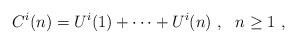
LaTeX: \begin{align*}C^i(n)=U^i(1)+\cdots +U^i(n)~,~~n\geq 1~,\end{align*}